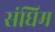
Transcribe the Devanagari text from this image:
संघिम